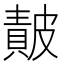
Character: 𭽴